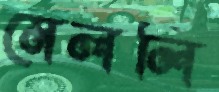
মেললি